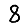
Digit: 8